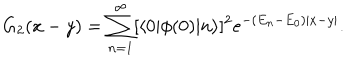
LaTeX: G _ { 2 } ( x - y ) = \sum _ { n = 1 } ^ { \infty } [ \langle 0 | \phi ( 0 ) | n \rangle ] ^ { 2 } e ^ { - ( E _ { n } - E _ { 0 } ) | x - y | } .